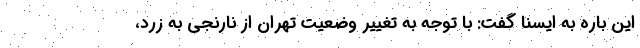
این باره به ایسنا گفت: با توجه به تغییر وضعیت تهران از نارنجی به زرد،